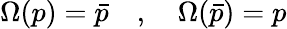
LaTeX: \Omega(p)=\bar{p}\quad,\quad\Omega(\bar{p})=p